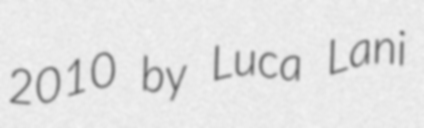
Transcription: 2010 by Luca Lani